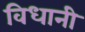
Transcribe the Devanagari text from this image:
विधानी